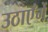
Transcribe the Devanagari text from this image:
उठाएँगें